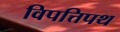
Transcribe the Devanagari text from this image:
विपत्तिपथ